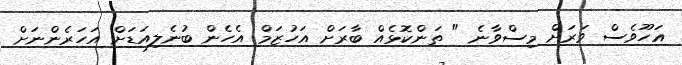
އަހޫވެސް ވަރަށް މިސްވާނެ " ތަންކޮޅެއް ބާރަށް އަހުޒަމް އެހެން ބުނެލިއަޑަށް އަހަރެންނަށް